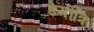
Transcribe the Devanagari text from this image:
डेमीत्रि